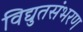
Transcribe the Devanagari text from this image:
विद्युतसंभरण